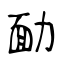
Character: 勔